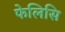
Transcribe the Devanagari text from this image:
फेलिसि